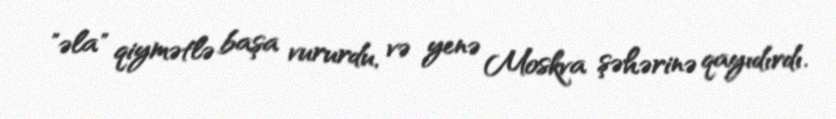
"əla" qiymətlə başa vururdu, və yenə Moskva şəhərinə qayıdırdı.